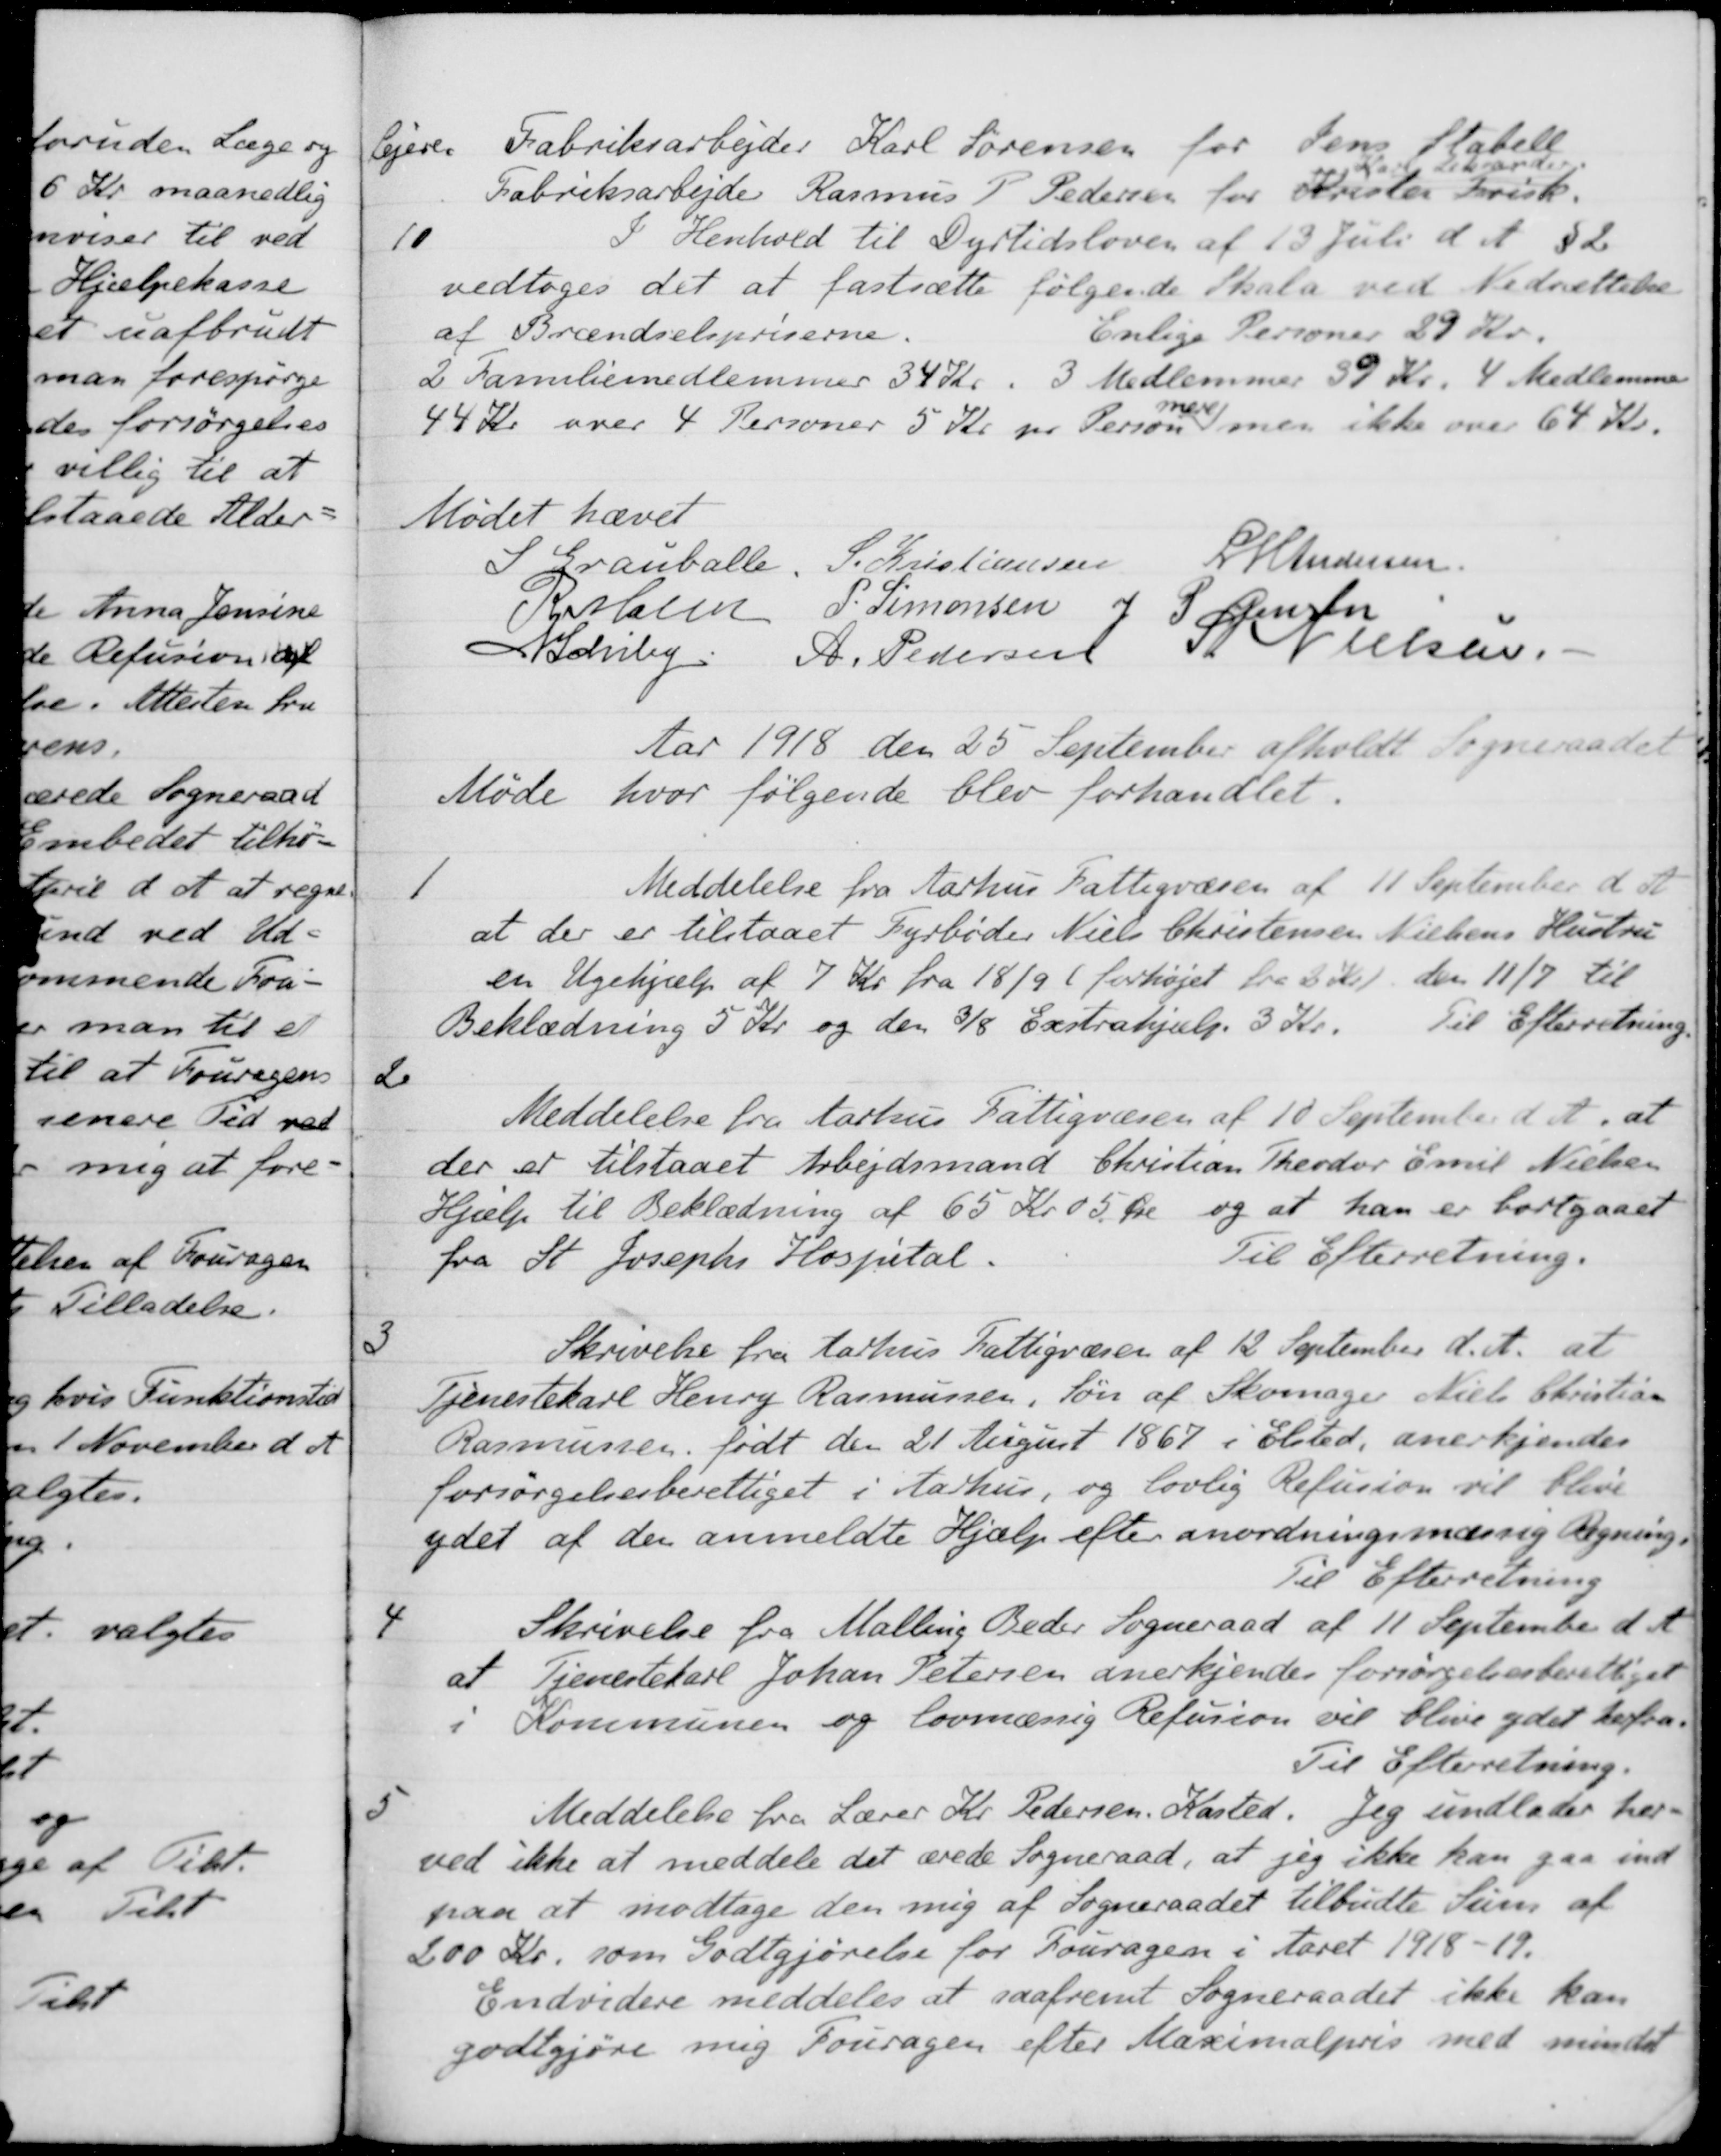
Transskription:
Lejere. Fabriksarbejder Karl Sørensen for Jens Stabell
Fabriksarbejder Rasmus P. Pedersen for Kristen Frisk.
Karl Leksander
10
I Henhold til Dyrtidsloven af 13 Juli d. A. § 2
vedtoges det at fastsætte følgende Skala ved Nedsættelse
af Brændselspriserne
Enlige Personer 29 Kr.
2 Familiemedlemmer 34 Kr. 3 Medlemmer 39 Kr. 4 Medlemmer
44 Kr over 4 Personer 5 Kr pr Person
mere
men ikke over 64 Kr.
Mødet hævet
S Grauballe
S. Kristiansen
L M Andersen
R Mainz
P. Simonsen
J P Jensen
N Schiby.
A. Pedersen
S. Nielsen.
Aar 1918 den 25 September afholdt Sogneraadet
Møde hvor følgende blev forhandlet.
1
Meddelelse fra Aarhus Fattigvæsen af 11 September d. A.
at der er tilstaaet Fyrbøder Niels Christensen Nielsens Hustru
en Ugehjælp af 7 Kr. fra 18/9 (forhøjet fra 2 Kr.) den 11/7 til
Beklædning 5 Kr og den 3/8 Exstrahjælp 3 Kr.
Til Efterretning.
2
Meddelelse fra Aarhus Fattigvæsen af 10 September d. A. at
der er tilstaaet Arbejdsmand Christian Theodor Emil Nielsen
Hjælp til Beklædning af 65 Kr. 05 Øre og at han er bortgaaet
fra St. Josephs Hospital.
Til Efterretning.
3
Skrivelse fra Aarhus Fattigvæsen af 12 September d. A. at
Tjenestekarl Henry Rasmussen, Søn af Skomager Niels Christian
Rasmussen, født den 21 August 1867 i Elsted, anerkjendes
forsørgelsesberettiget i Aarhus, og lovlig Refusion vil blive
ydet af den anmeldte Hjælp efter anordningsmæssig Regning.
Til Efterretning
4
Skrivelse fra Malling Beder Sogneraad af 11 September d. A.
at Tjenestekarl Johan Petersen anerkjendes forsørgelsesberettiget
i Kommunen og lovmæssig Refusion vil blive ydet herfra.
Til Efterretning.
5
Meddelelse fra Lærer Kr. Pedersen, Kasted. Jeg undlader her-
ved ikke at meddele det ærede Sogneraad, at jeg ikke kan gaa ind
paa at modtage den mig af Sogneraadet tilbudte Sum af
200 Kr. som Godtgjørelse for Fouragen i Aaret 1918-19.
Endvidere meddeles at saafremt Sogneraadet ikke kan
godtgjøre mig Fouragen efter Maximalpris med mindst